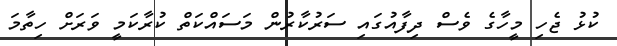
ކުޅު ޖެހި މީހާގެ ވެސް ދިފާއުގައި ސަރުކާރުން މަސައްކަތް ކުރާކަމީ ވަރަށް ހިތާމަ